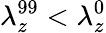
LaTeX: \lambda_{z}^{99}<\lambda_{z}^{0}